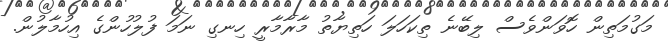
މަގުމަތިން ހޮވަންވެސް ލިބޭނެ ތިކަހަލަ ހަތިޔާތު މާރާމާރީ ހިނގި ނަމަ ފުލުހުންގެ އިހުމާލުން.